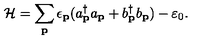
{ \cal H } = \sum _ { { \bf { p } } } \epsilon _ { { \bf { p } } } ( a _ { { \bf { p } } } ^ { \dagger } a _ { { \bf { p } } } + b _ { { \bf { p } } } ^ { \dagger } b _ { { \bf { p } } } ) - \varepsilon _ { 0 } .